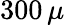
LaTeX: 300\, \mu